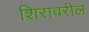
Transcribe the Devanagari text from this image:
शिरावरील